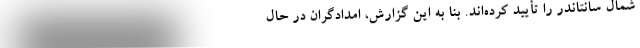
شمال سانتاندر را تأیید کرده‌اند. بنا به این گزارش، امدادگران در حال